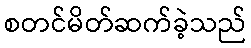
စတင်မိတ်ဆက်ခဲ့သည်